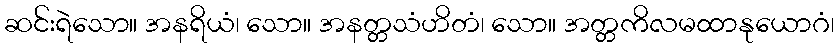
ဆင်းရဲသော။ အနရိယံ၊ သော။ အနတ္တသံဟိတံ၊ သော။ အတ္တကိလမထာနုယောဂံ၊